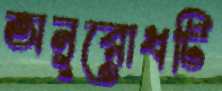
অনুরোধটি